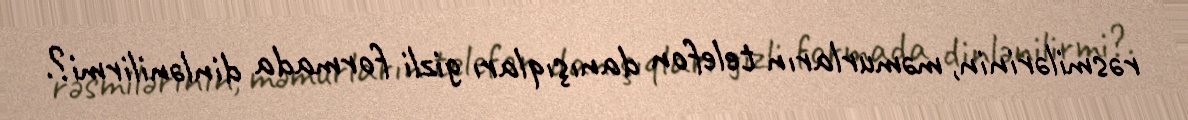
rəsmilərinin, məmurların telefon danışıqları gizli formada dinlənilirmi?.